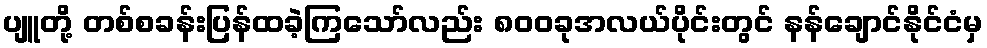
ပျူတို့ တစ်စခန်းပြန်ထခဲ့ကြသော်လည်း ၈၀၀ခုအလယ်ပိုင်းတွင် နန်ချောင်နိုင်ငံမှ